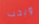
ويحب